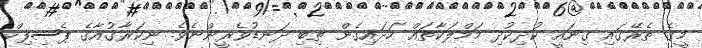
މީގެ ތެރޭގައި ގިނައީ ކުދިކުދި މަމްލަކާތައް ހަދައިގެން ތިބި ދަނޑުވެރީންނެވެ. ނިކަރާގުއާގެ ޕެސިފިކް